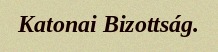
Katonai Bizottság.